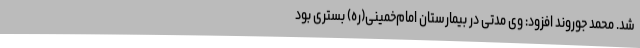
شد. محمد جوروند افزود: وی مدتی در بیمارستان امام‌خمینی(ره) بستری بود